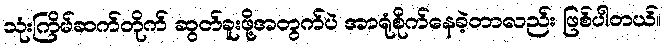
သုံးကြိမ်ဆက်တိုက် ဆွတ်ခူးဖို့အတွက်ပဲ အာရုံစိုက်နေခဲ့တာလည်း ဖြစ်ပါတယ်။